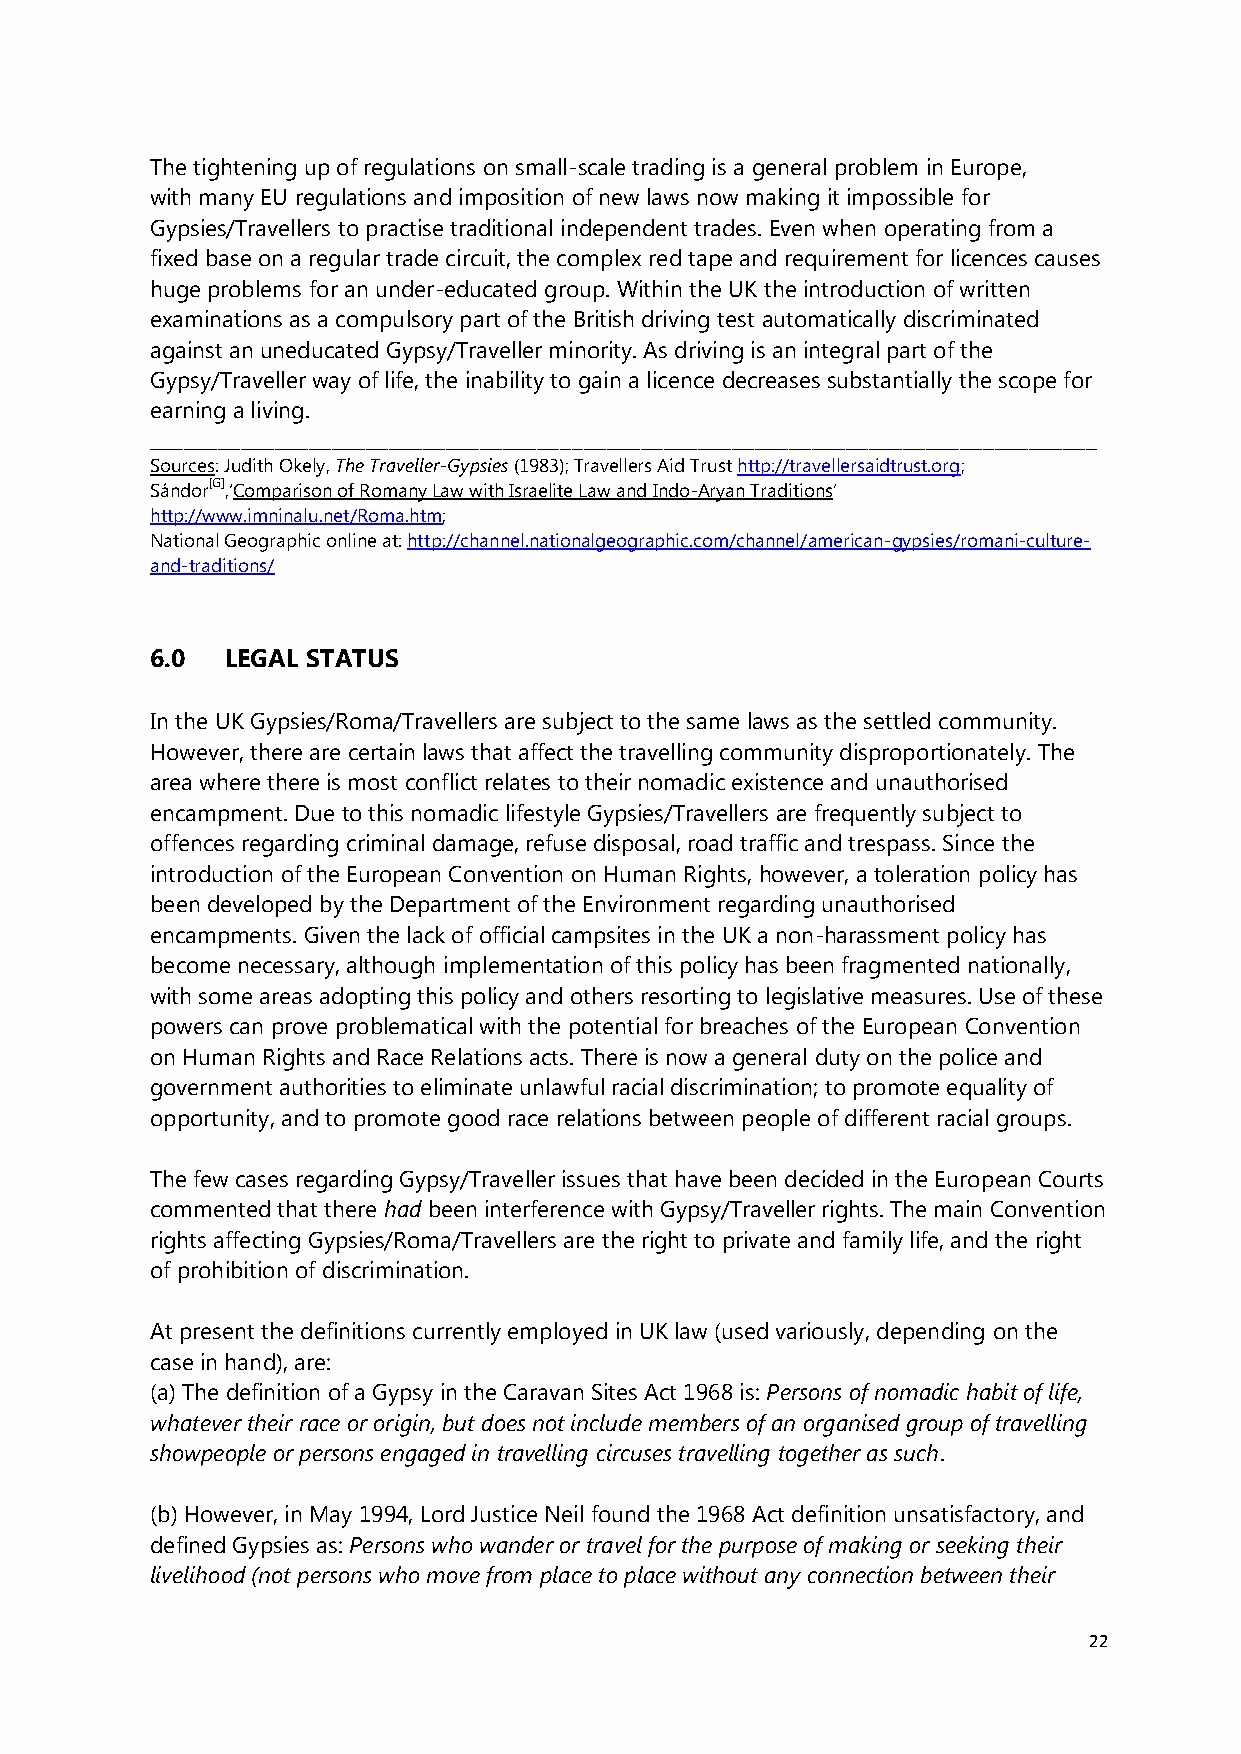
The tightening up of regulations on small-scale trading is a general problem in Europe,
 with many EU regulations and imposition of new laws now making it impossible for
 Gypsies/Travellers to practise traditional independent trades. Even when operating from a
 fixed base on a regular trade circuit, the complex red tape and requirement for licences causes
 huge problems for an under-educated group. Within the UK the introduction of written
 examinations as a compulsory part of the British driving test automatically discriminated
 against an uneducated Gypsy/Traveller minority. As driving is an integral part of the
 Gypsy/Traveller way of life, the inability to gain a licence decreases substantially the scope for
 earning a living.
 ___________________________________________________________________________________
 Sources: Judith Okely, The Traveller-Gypsies (1983); Travellers Aid Trust http://travellersaidtrust.org;
 Sándor[G],‘Comparison of Romany Law with Israelite Law and Indo-Aryan Traditions’
 http://www.imninalu.net/Roma.htm;
 National Geographic online at: http://channel.nationalgeographic.com/channel/american-gypsies/romani-culture-
 and-traditions/
 6.0  LEGAL STATUS
 In the UK Gypsies/Roma/Travellers are subject to the same laws as the settled community.
 However, there are certain laws that affect the travelling community disproportionately. The
 area where there is most conflict relates to their nomadic existence and unauthorised
 encampment. Due to this nomadic lifestyle Gypsies/Travellers are frequently subject to
 offences regarding criminal damage, refuse disposal, road traffic and trespass. Since the
 introduction of the European Convention on Human Rights, however, a toleration policy has
 been developed by the Department of the Environment regarding unauthorised
 encampments. Given the lack of official campsites in the UK a non-harassment policy has
 become necessary, although implementation of this policy has been fragmented nationally,
 with some areas adopting this policy and others resorting to legislative measures. Use of these
 powers can prove problematical with the potential for breaches of the European Convention
 on Human Rights and Race Relations acts. There is now a general duty on the police and
 government authorities to eliminate unlawful racial discrimination; to promote equality of
 opportunity, and to promote good race relations between people of different racial groups.
 The few cases regarding Gypsy/Traveller issues that have been decided in the European Courts
 commented that there had been interference with Gypsy/Traveller rights. The main Convention
 rights affecting Gypsies/Roma/Travellers are the right to private and family life, and the right
 of prohibition of discrimination.
 At present the definitions currently employed in UK law (used variously, depending on the
 case in hand), are:
 (a) The definition of a Gypsy in the Caravan Sites Act 1968 is: Persons of nomadic habit of life,
 whatever their race or origin, but does not include members of an organised group of travelling
 showpeople or persons engaged in travelling circuses travelling together as such.
 (b) However, in May 1994, Lord Justice Neil found the 1968 Act definition unsatisfactory, and
 defined Gypsies as: Persons who wander or travel for the purpose of making or seeking their
 livelihood (not persons who move from place to place without any connection between their
 22